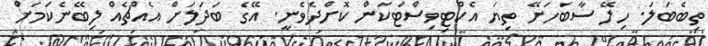
ތިބެބަލަ. ހިލޭ ސާބަހަށޭ ތިޔަ އެކްޓިވިސްޓްކަން ކޮށްދެވެނީ. އޭގެ ބަދަލަށް އެއްޗެއް ލިބޭނެކަމަށް